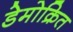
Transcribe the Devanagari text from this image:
डेमोक्रित